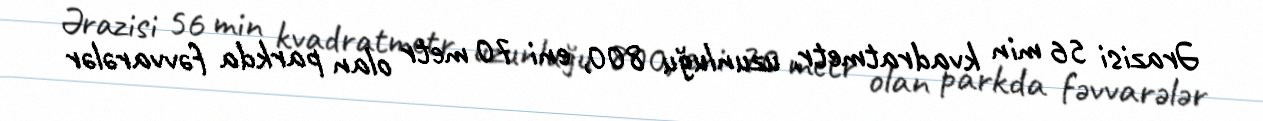
Ərazisi 56 min kvadratmetr, uzunluğu 800, eni 70 metr olan parkda fəvvarələr